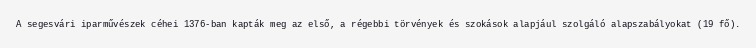
A segesvári iparművészek céhei 1376-ban kapták meg az első, a régebbi törvények és szokások alapjául szolgáló alapszabályokat (19 fő).